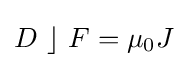
D~\rfloor ~F=\mu _{0}J